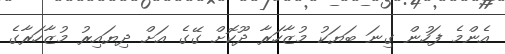
އެންމެ ފަހުން ގިނަ ބަޔަކު މުޒާހަރާ ދޫކޮށް ގޭގެ އަށް ދިޔައިރު މުޒާހަރާގެ